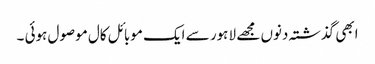
ابھی گذشتہ دنوں مجھے لا ہور سے ایک موبائل کال موصول ہوئی ۔